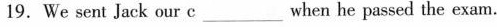
19.We sent Jack our c___ when he passed the exam.